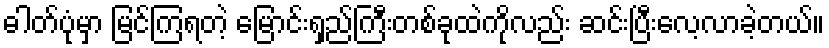
ဓါတ်ပုံမှာ မြင်ကြရတဲ့ မြောင်းရှည်ကြီးတစ်ခုထဲကိုလည်း ဆင်းပြီးလေ့လာခဲ့တယ်။